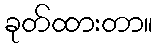
ခုတ်ထားတာ။